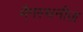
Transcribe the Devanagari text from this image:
मैगस्थनीज़